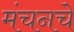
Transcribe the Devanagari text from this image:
मंचनचे